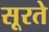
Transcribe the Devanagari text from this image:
सूरते